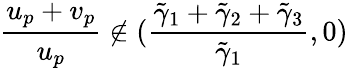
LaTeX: \frac{u_{p}+v_{p}}{u_{p}}\notin(\frac{\tilde{\gamma}_{1}+\tilde{\gamma}_{2}+\tilde{\gamma}_{3}}{\tilde{\gamma}_{1}},0)